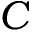
C